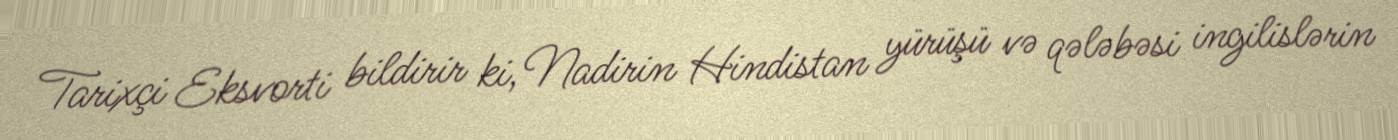
Tarixçi Eksvorti bildirir ki, Nadirin Hindistan yürüşü və qələbəsi ingilislərin